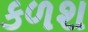
કળશ